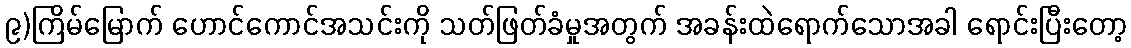
၉)ကြိမ်မြောက် ဟောင်ကောင်အသင်းကို သတ်ဖြတ်ခံမှုအတွက် အခန်းထဲရောက်သောအခါ ရောင်းပြီးတော့